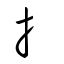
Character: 扌